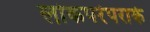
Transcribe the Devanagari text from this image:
लोकपरंपराके